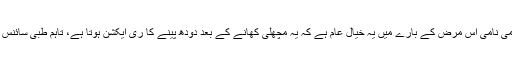
عام طور پر برص نامی نامی اس مرض کے بارے میں یہ خیال عام ہے کہ یہ مچھلی کھانے کے بعد دودھ پینے کا ری ایکشن ہوتا ہے، تاہم طبی سائنس اس کو رد کرتی ہے۔